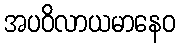
အပဝိလာယမာနေဝ